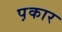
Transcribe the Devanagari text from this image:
प़कार